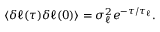
\begin{array} { r } { \langle \delta \ell ( \tau ) \delta \ell ( 0 ) \rangle = \sigma _ { \ell } ^ { 2 } e ^ { - \tau / \tau _ { \ell } } . } \end{array}